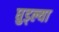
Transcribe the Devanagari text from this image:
घुड्ल्या